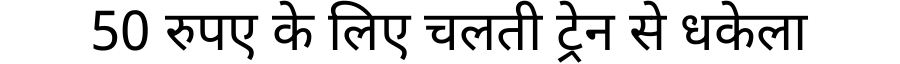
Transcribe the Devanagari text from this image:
50 रुपए के लिए चलती ट्रेन से धकेला